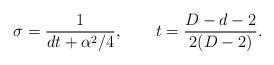
LaTeX: \begin{align*} \sigma=\frac{1}{dt+\alpha^2/4},\qquad t=\frac{D-d-2}{2(D-2)}.\end{align*}